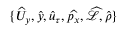
\{ \widehat { U } _ { y } , \widehat { y } , \widehat { u } _ { \tau } , \widehat { p _ { x } } , \widehat { \mathcal { L } } , \widehat { \rho } \}